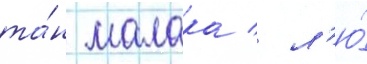
та́н малака / л'ю́